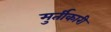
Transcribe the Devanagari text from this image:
मुर्तीकारी